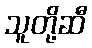
သူတို့ဆီ